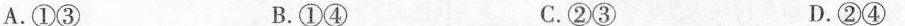
④呈”条带状”A.①③ B.①④ C.②③ D.②④